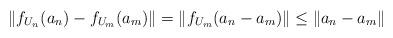
LaTeX: \begin{align*} \|f_{U_n}(a_n) - f_{U_m}(a_m)\| = \|f_{U_m}(a_n - a_m)\| \leq \|a_n - a_m \| \end{align*}